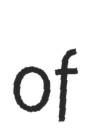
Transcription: of